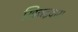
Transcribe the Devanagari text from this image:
खिचड़वार।